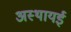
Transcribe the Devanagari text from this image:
अस्थायई